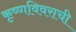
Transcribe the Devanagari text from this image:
कृष्णविवराची